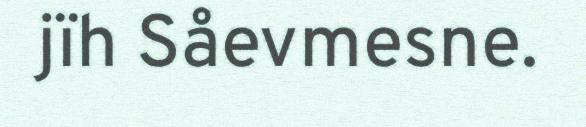
jïh Såevmesne.